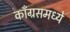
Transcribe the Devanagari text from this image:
काँग्रसमध्ये